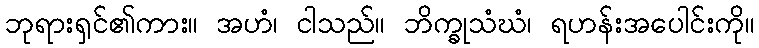
ဘုရားရှင်၏ကား။ အဟံ၊ ငါသည်။ ဘိက္ခုသံဃံ၊ ရဟန်းအပေါင်းကို။